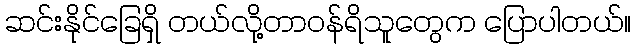
ဆင်းနိုင်ခြေရှိ တယ်လို့တာဝန်ရိသူတွေက ပြောပါတယ်။